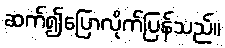
ဆက်၍ပြောလိုက်ပြန်သည်။